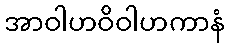
အာဝါဟဝိဝါဟကာနံ